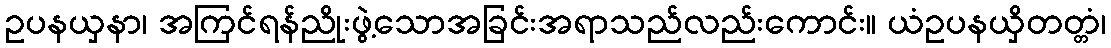
ဥပနယှနာ၊ အကြင်ရန်ညိုးဖွဲ့သောအခြင်းအရာသည်လည်းကောင်း။ ယံဥပနယှိတတ္တံ၊